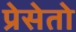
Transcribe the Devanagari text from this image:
प्रेसेतो